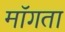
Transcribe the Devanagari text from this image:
माॅगता